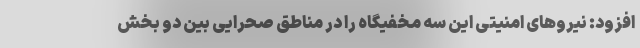
افزود: نیروهای امنیتی این سه مخفیگاه را در مناطق صحرایی بین دو بخش